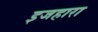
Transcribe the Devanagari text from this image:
इजहारा